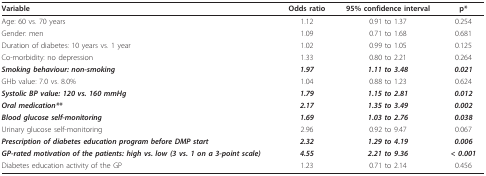
| Variable | Odds ratio | 95% confidence interval | p* |
 | --- | --- | --- | --- |
 | Age: 60 vs. 70 years | 1.12 | 0.91 to 1.37 | 0.254 |
 | Gender: men | 1.09 | 0.71 to 1.68 | 0.681 |
 | Duration of diabetes: 10 years vs. 1 year | 1.02 | 0.99 to 1.05 | 0.125 |
 | Co-morbidity: no depression | 1.33 | 0.80 to 2.21 | 0.264 |
 | Smoking behaviour: non-smoking | 1.97 | 1.11 to 3.48 | 0.021 |
 | GHb value: 7.0 vs. 8.0% | 1.04 | 0.88 to 1.23 | 0.624 |
 | Systolic BP value: 120 vs. 160 mmHg | 1.79 | 1.15 to 2.81 | 0.012 |
 | Oral medication** | 2.17 | 1.35 to 3.49 | 0.002 |
 | Blood glucose self-monitoring | 1.69 | 1.03 to 2.76 | 0.038 |
 | Urinary glucose self-monitoring | 2.96 | 0.92 to 9.47 | 0.067 |
 | Prescription of diabetes education program before DMP start | 2.32 | 1.29 to 4.19 | 0.006 |
 | GP-rated motivation of the patients: high vs. low (3 vs. 1 on a 3-point scale) | 4.55 | 2.21 to 9.36 | < 0.001 |
 | Diabetes education activity of the GP | 1.23 | 0.71 to 2.14 | 0.456 |